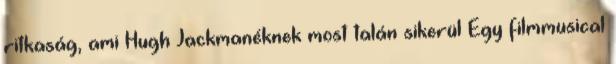
ritkaság, ami Hugh Jackmanéknek most talán sikerül Egy filmmusical